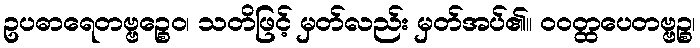
ဥပဓာရေတဗ္ဗဉ္စေဝ၊ သတိဖြင့် မှတ်လည်း မှတ်အပ်၏။ ဝဝတ္ထပေတဗ္ဗဉ္စ၊